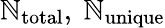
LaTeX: \mathbb{N}_{\mathrm{{total}}},\ \mathbb{N}_{\mathrm{{unique}}}